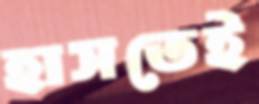
হাসতেই